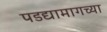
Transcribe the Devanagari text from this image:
पडद्यामागच्या